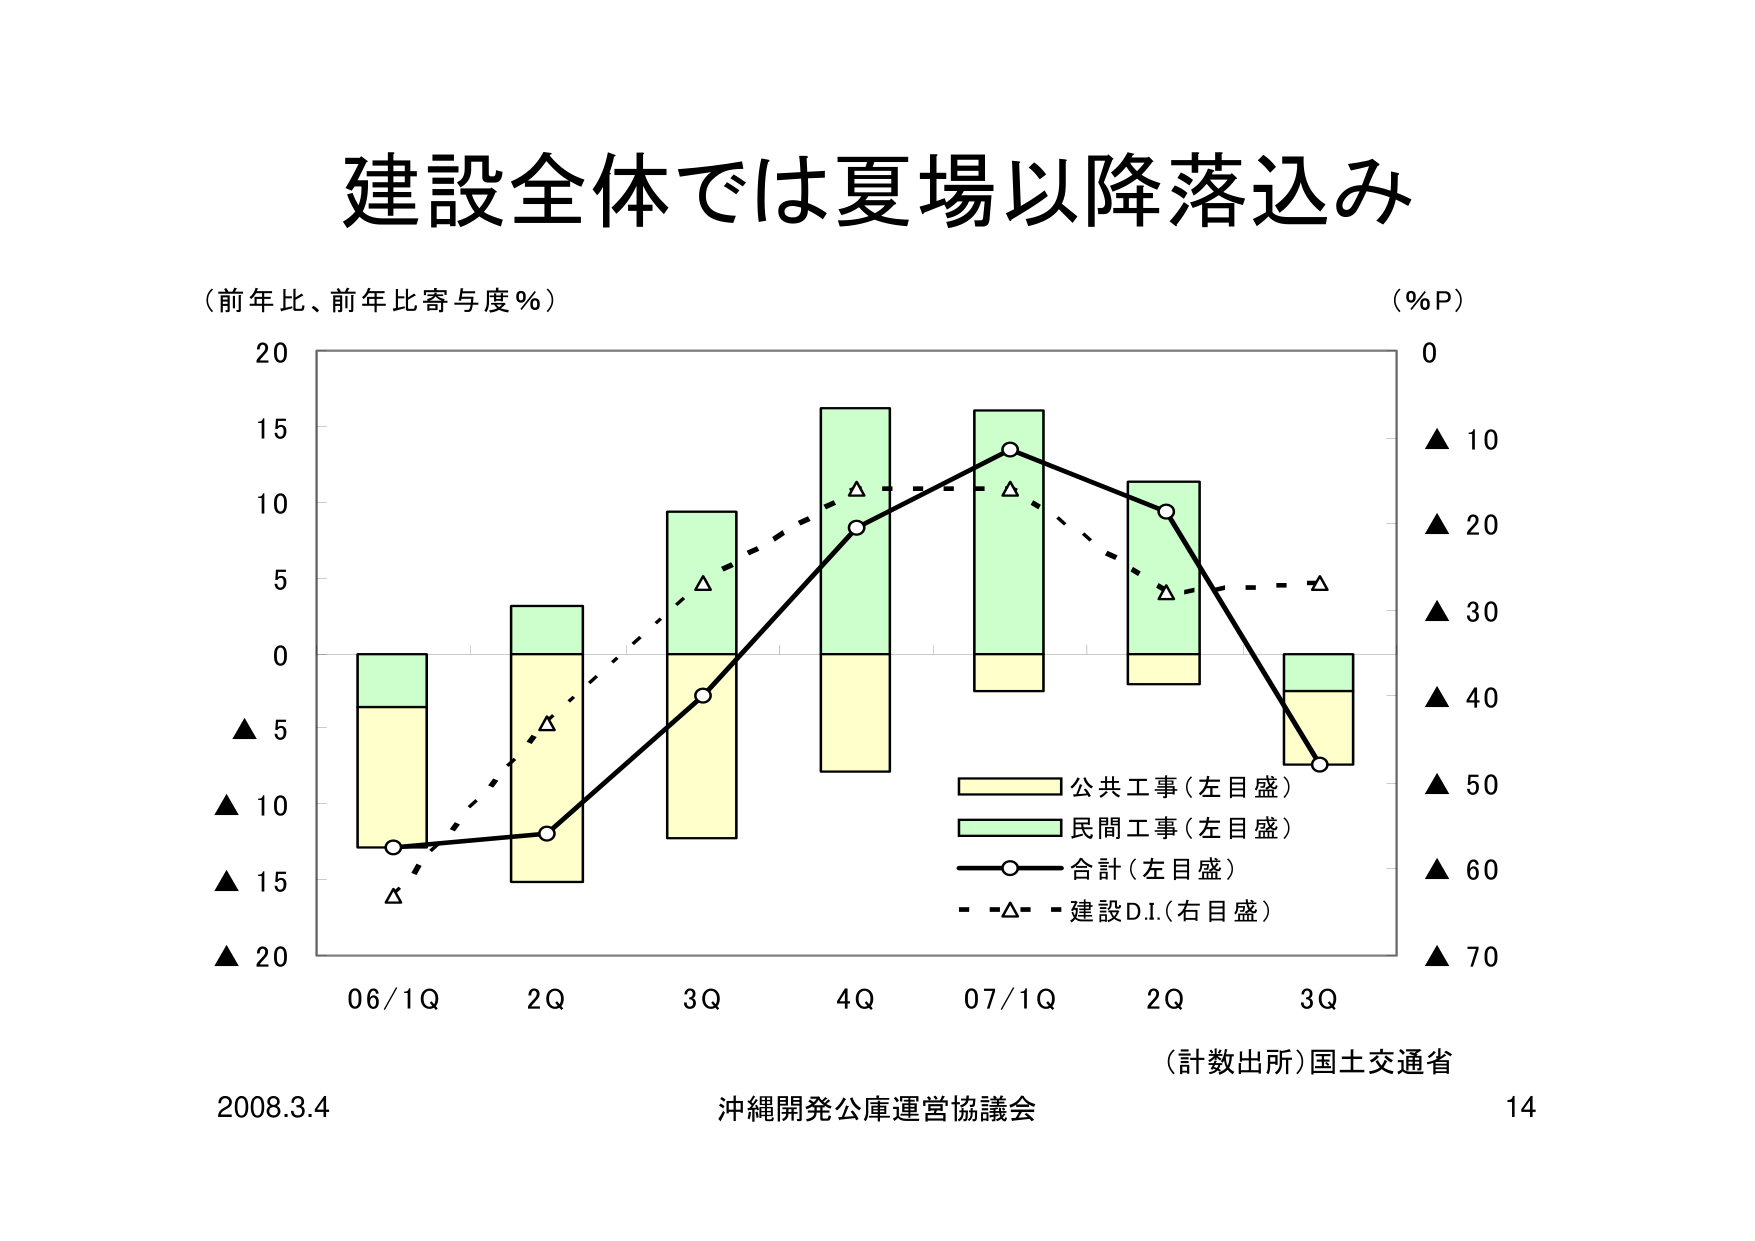
建設全体では夏場以降落込み

（前年比、前年比寄与度％）

20
15
10
5
0
▲ 5
▲ 10
▲ 15
▲ 20

06/1Q　　2Q　　3Q　　4Q　　07/1Q　　2Q　　3Q

（％P）
0
▲ 10
▲ 20
▲ 30
▲ 40
▲ 50
▲ 60
▲ 70

■ 公共工事（左目盛）
■ 民間工事（左目盛）
—○— 合計（左目盛）
-△- 建設D.I.（右目盛）

（計数出所）国土交通省

2008.3.4　　　　　　　沖縄開発公庫運営協議会　　　　　　　14